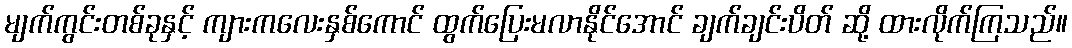
မျက်ကွင်းတစ်ခုနှင့် ကျားကလေးနှစ်ကောင် ထွက်ပြေးမလာနိုင်အောင် ချက်ချင်းပိတ် ဆို့ ထားလိုက်ကြသည်။